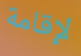
لإقامة